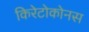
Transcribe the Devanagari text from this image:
किरेटोकोनस